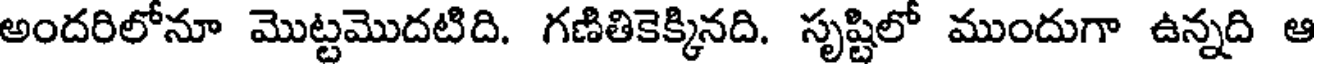
అందరిలోనూ మొట్టమొదటిది. గణితికెక్కినది. సృష్టిలో ముందుగా ఉన్నది ఆ